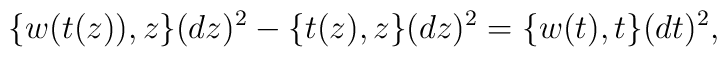
\{w(t(z)),z\}(dz)^2-\{t(z),z\}(dz)^2=\{w(t),t\}(dt)^2,